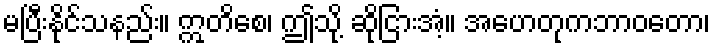
မပြီးနိုင်သနည်း။ ဣတိစေ၊ ဤသို့ ဆိုငြားအံ့။ အဟေတုကဘာဝတော၊